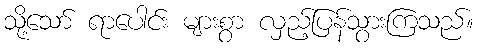
သို့သော် ရာပေါင်း များစွာ လှည့်ပြန်သွားကြသည်။